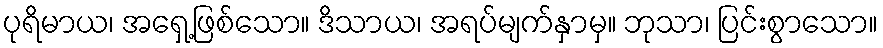
ပုရိမာယ၊ အရှေ့ဖြစ်သော။ ဒိသာယ၊ အရပ်မျက်နှာမှ။ ဘုသာ၊ ပြင်းစွာသော။